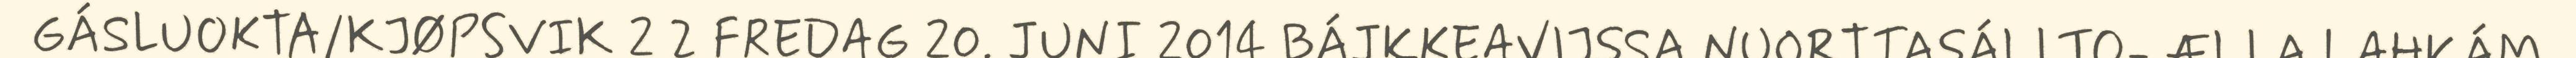
GÁSLUOKTA/KJØPSVIK 2 2 FREDAG 20. JUNI 2014 BÁJKKEAVIJSSA NUORTTASÁLLTO- ÆLLA LAHKÁM